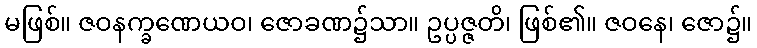
မဖြစ်။ ဇဝနက္ခဏေယဝ၊ ဇောခဏ၌သာ။ ဥပ္ပဇ္ဇတိ၊ ဖြစ်၏။ ဇဝနေ၊ ဇော၌။